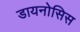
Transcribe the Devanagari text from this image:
डायनोसिस